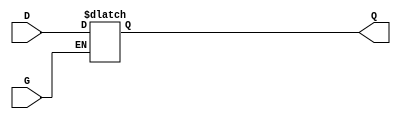
module gated_transparent_latch (
    input wire D,      // Data input
    input wire G,      // Enable signal
    output reg Q       // Output
);

// Always block triggered by changes in G or D
always @ (G or D) begin
    if (G) begin
        // When G is HIGH, output follows the data input
        Q <= D;
    end
    // When G is LOW, the output holds its last value
end

endmodule